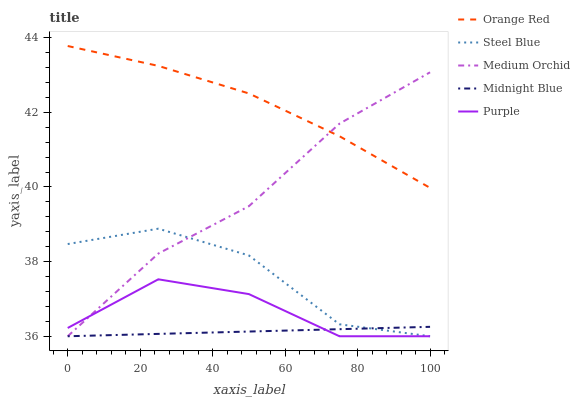
| xaxis_label | Orange Red | Steel Blue | Medium Orchid | Midnight Blue | Purple |
 | --- | --- | --- | --- | --- | --- |
 | 0 | 43.8 | 38.5 | 36 | 36 | 36.2 |
 | 25 | 43.2 | 38.9 | 38.2 | 36.1 | 37.5 |
 | 50 | 42.5 | 38.2 | 39.5 | 36.1 | 37.1 |
 | 75 | 41.4 | 36.3 | 41.7 | 36.2 | 36 |
 | 100 | 40 | 36 | 43.1 | 36.3 | 36 |